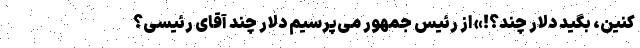
کنین، بگید دلار چند؟!» از رئیس جمهور می‌پرسیم دلار چند آقای رئیسی؟